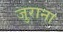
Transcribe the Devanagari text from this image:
जुराना